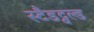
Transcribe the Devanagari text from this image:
स्टैडट्वल्ड